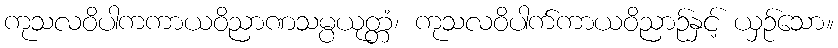
ကုသလဝိပါကကာယဝိညာဏသမ္ပယုတ္တံ၊ ကုသလဝိပါက်ကာယဝိညာဉ်နှင့် ယှဉ်သော။